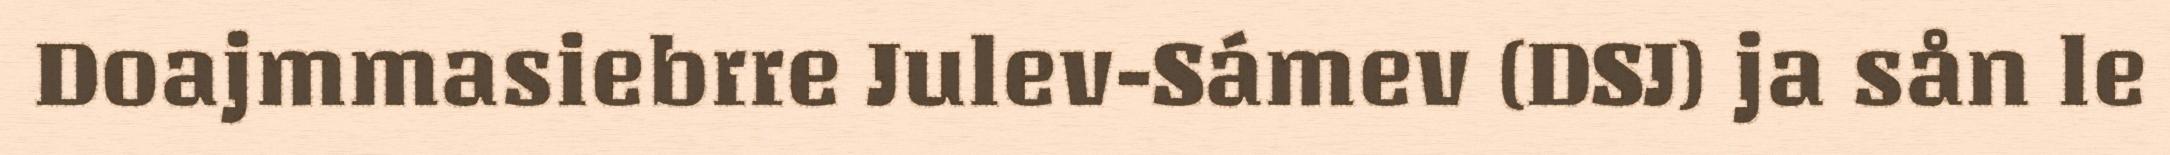
Doajmmasiebrre Julev-Sámev (DSJ) ja sån le